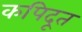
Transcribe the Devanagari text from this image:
कपिदूत